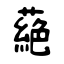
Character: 蕝